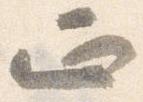
正